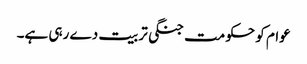
عوام کو حکومت جنگی تربیت دے رہی ہے۔